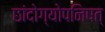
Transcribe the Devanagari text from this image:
छांदोग्योपनिषत्